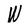
Character: W